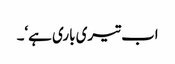
اب تیری باری ہے‘۔